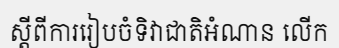
ស្តីពីការរៀបចំទិវាជាតិអំណាន លើក